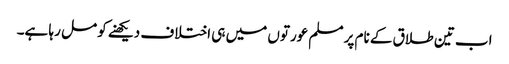
اب تین طلاق کے نام پر مسلم عورتوں میں ہی اختلاف دیکھنے کو مل رہا ہے۔